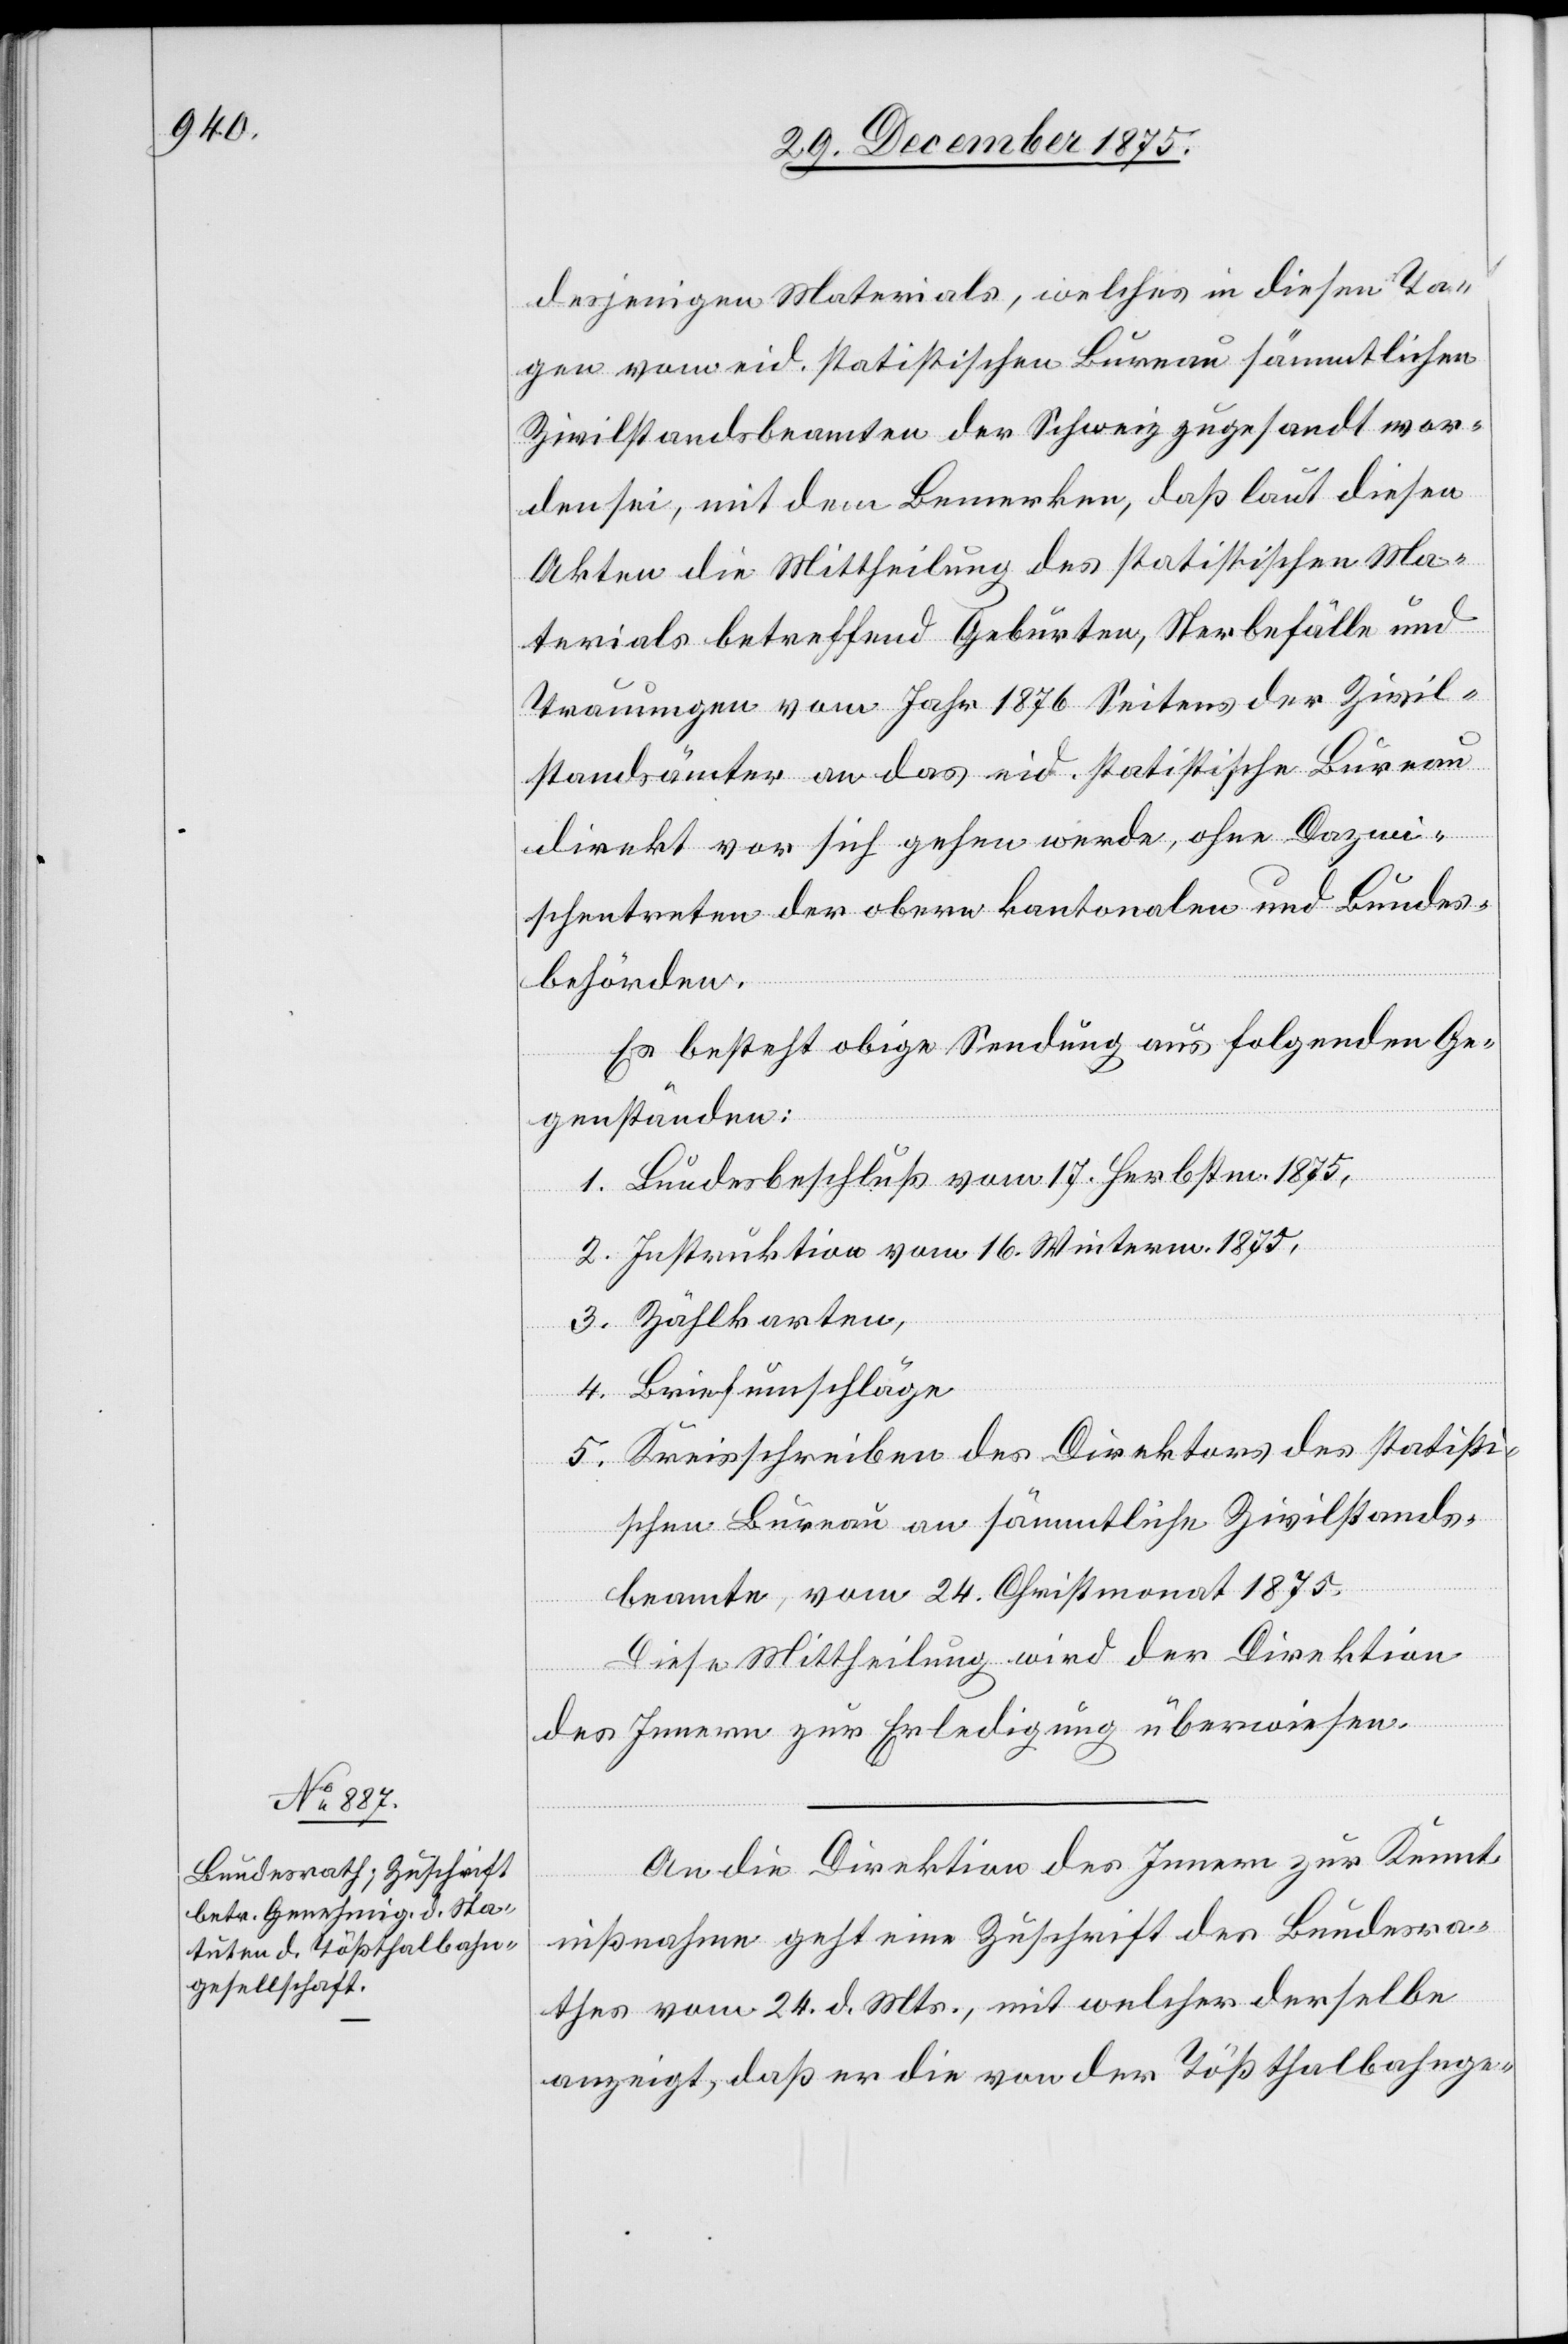
29. December 1875.]
desjenigen Materials, welches in diesen Ta¬
gen vom eid. statistischen Bureau sämmtlichen
Zivilstandsbeamten der Schweiz zugesandt wor¬
den sei, mit dem bemerken, daß laut diesen
Akten die Mittheilung des statistischen Ma¬
terials betreffend Geburten, Sterbefälle und
Trauungen vom Jahr 1876 Seitens der Zivil¬
standsämter an das eid. statistische Bureau
fügungen.
direkt vor sich gehen werde, ohne Dazwi¬
schentreten der obern kantonalen und Bundes¬
behörden.
Es besteht obige Sendung aus folgenden Ge¬
genständen:
1. Bundesbeschluß vom 17. Herbstm. 1875,
2. Instruktion vom 16. Winterm. 1875,
3. Zählkarten,
4. Briefumschläge
5. Kreisschreiben des Direktors des statisti¬
schen Bureau an sämmtliche Zivilstands¬
beamte, vom 24. Christmonat 1875.
Diese Mittheilung wird der Direktion
des Innern zur Erledigung überwiesen.
An die Direktion des Innern zur Kennt¬
nißnahme geht eine Zuschrift des Bundesra¬
thes vom 24. d. Mts., mit welcher derselbe
anzeigt, daß er die von der Tößthalbahnge-